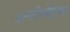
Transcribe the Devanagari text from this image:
ॲन्टीसेप्टिक